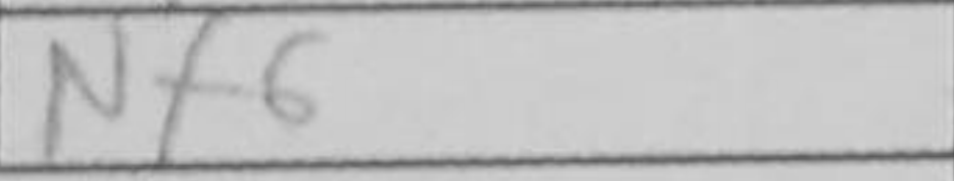
Transcription: Nf6